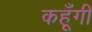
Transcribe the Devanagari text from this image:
कहूँगी